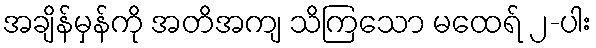
အချိန်မှန်ကို အတိအကျ သိကြသော မထေရ် ၂-ပါး